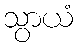
သွာယံ